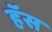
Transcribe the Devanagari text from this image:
हॅस